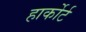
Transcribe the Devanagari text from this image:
हार्कोर्ट